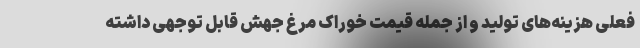
فعلی هزینه‌های تولید و از جمله قیمت خوراک مرغ جهش قابل توجهی داشته